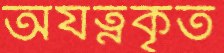
অযত্নকৃত